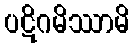
ပဋိဂမိဿာမိ